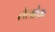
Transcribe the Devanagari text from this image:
तेलोक